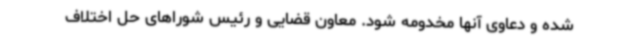
شده و دعاوی آنها مخدومه شود. معاون قضایی و رئیس شوراهای حل اختلاف